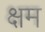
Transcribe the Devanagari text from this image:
क्षम